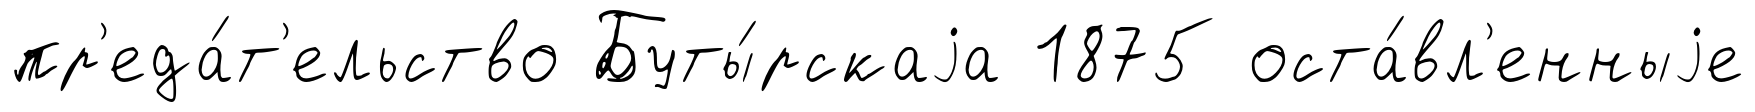
пр'еда́т'ельство Буты́рскаjа 1875 оста́вл'енныjе